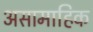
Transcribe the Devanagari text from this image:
असामाहिक